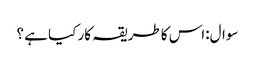
سوال:اس کا طریقہ کار کیا ہے ؟